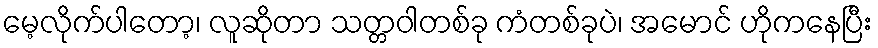
မေ့လိုက်ပါတော့၊ လူဆိုတာ သတ္တဝါတစ်ခု ကံတစ်ခုပဲ၊ အမောင် ဟိုကနေပြီး